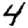
Digit: 4